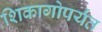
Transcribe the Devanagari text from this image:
शिकागोपर्यंत